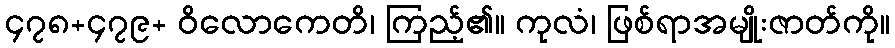
၄၇၈+၄၇၉+ ဝိလောကေတိ၊ ကြည့်၏။ ကုလံ၊ ဖြစ်ရာအမျိုးဇာတ်ကို။